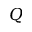
Q